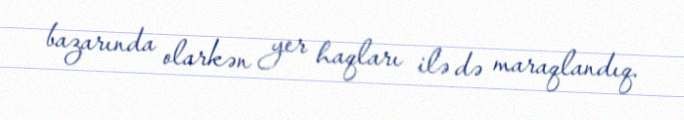
bazarında olarkən yer haqları ilə də maraqlandıq.